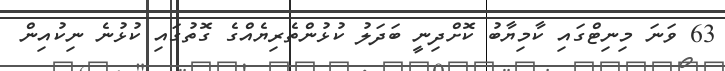
63 ވަނަ މިނިޓްގައި ކާމިޔާބު ކޮށްދިނީ ބަދަލު ކުޅުންތެރިޔެއްގެ ގޮތުގައި ކުޅުނެ ނިކުއިން